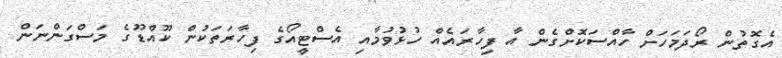
އެގޮތުން ރޯދަމަހަށް ހާއްސަކޮށްގެން އާ ފިހާރައެއް ހުޅުވުމާއި އެސްޓީއޯގެ ފިހާރަތަކުން ކޫއްޑޫގެ މަސްގަންނަން